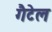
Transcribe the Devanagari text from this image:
गैटेल